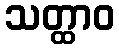
သတ္ထာဝ